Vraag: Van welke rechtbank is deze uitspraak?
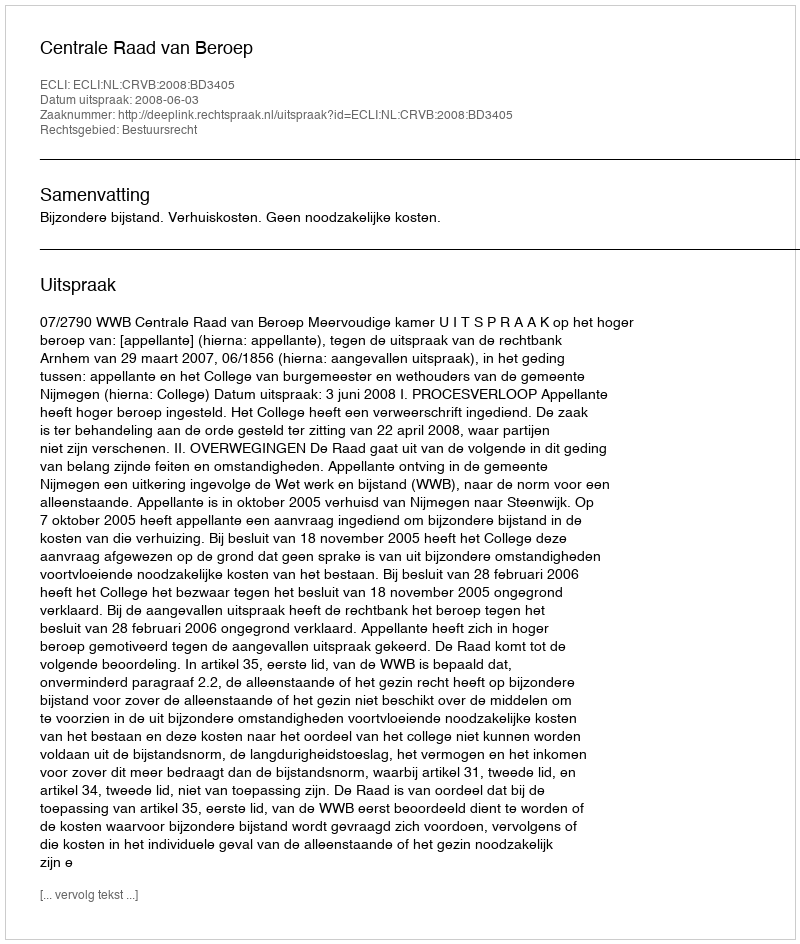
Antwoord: Centrale Raad van Beroep